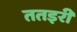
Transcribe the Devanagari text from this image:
ततइरी